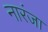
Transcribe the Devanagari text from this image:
नारंजा